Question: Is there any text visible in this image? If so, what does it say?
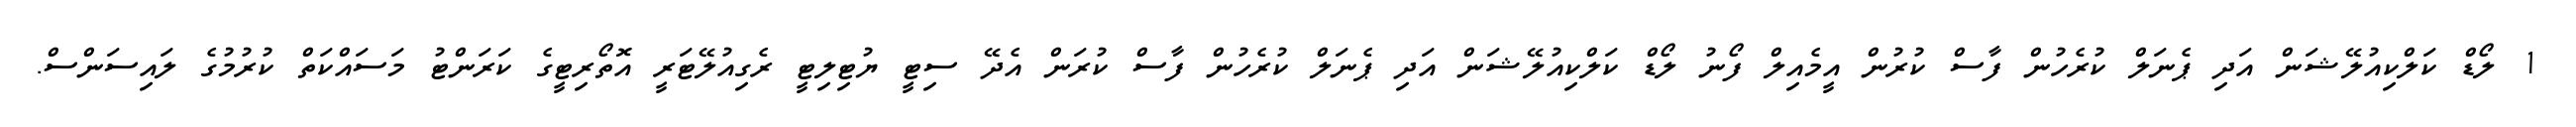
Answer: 1 ލޯޑް ކަލްކިއުލޭޝަން އަދި ޕެނަލް ކުރެހުން ފާސް ކުރުން އީމެއިލް ފޯނު ލޯޑް ކަލްކިއުލޭޝަން އަދި ޕެނަލް ކުރެހުން ފާސް ކުރަން އެދޭ ސިޓީ ޔުޓިލިޓީ ރެގިއުލޭޓަރީ އޮތޯރިޓީގެ ކަރަންޓު މަސައްކަތް ކުރުމުގެ ލައިސަންސް.